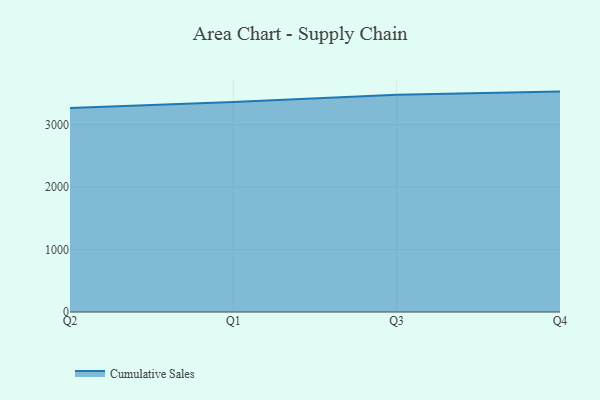
{"axis": {"x": "Quarter", "y": "Net Income (USD K)"}, "legend": ["Cumulative Sales"], "data": [{"x": "Q2", "y": 3267.7, "type": "Cumulative Sales"}, {"x": "Q1", "y": 3365.8, "type": "Cumulative Sales"}, {"x": "Q3", "y": 3480.2, "type": "Cumulative Sales"}, {"x": "Q4", "y": 3530.6, "type": "Cumulative Sales"}]}